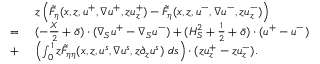
\begin{array} { r l } & { \ z \left( \tilde { F } _ { \eta } ( x , z , u ^ { + } , \nabla u ^ { + } , z u _ { z } ^ { + } ) - \tilde { F } _ { \eta } ( x , z , u ^ { - } , \nabla u ^ { - } , z u _ { z } ^ { - } ) \right) } \\ { = } & { \ ( - \frac { X } { 2 } + \bar { o } ) \cdot ( \nabla _ { S } u ^ { + } - \nabla _ { S } u ^ { - } ) + ( H _ { S } ^ { 2 } + \frac { 1 } { 2 } + \bar { o } ) \cdot ( u ^ { + } - u ^ { - } ) } \\ { + } & { \ \left( \int _ { 0 } ^ { 1 } z \tilde { F } _ { \eta \eta } ( x , z , u ^ { s } , \nabla u ^ { s } , z \partial _ { z } u ^ { s } ) \ d s \right) \cdot ( z u _ { z } ^ { + } - z u _ { z } ^ { - } ) . } \end{array}